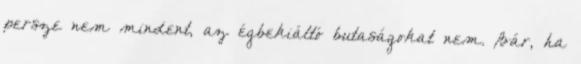
persze nem mindent, az égbekiáltó butaságokat nem. Bár, ha